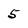
Character: 5